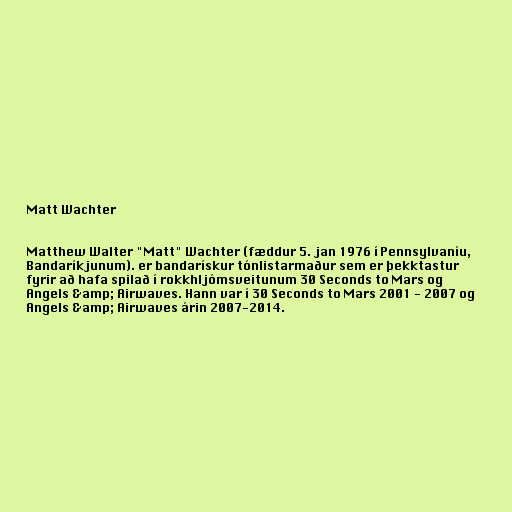
Matt Wachter

Matthew Walter "Matt" Wachter (fæddur 5. jan 1976 í Pennsylvaníu,
Bandaríkjunum). er bandarískur tónlistarmaður sem er þekktastur
fyrir að hafa spilað í rokkhljómsveitunum 30 Seconds to Mars og
Angels &amp; Airwaves. Hann var í 30 Seconds to Mars 2001 - 2007 og
Angels &amp; Airwaves árin 2007-2014.